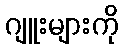
ဂျူးများကို